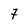
Character: 7